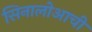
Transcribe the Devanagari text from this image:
सिनालोआची